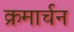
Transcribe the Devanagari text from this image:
क्रमार्चन